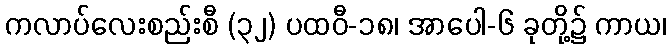
ကလာပ်လေးစည်းစီ (၃၂) ပထဝီ-၁၈၊ အာပေါ-၆ ခုတို့၌ ကာယ၊